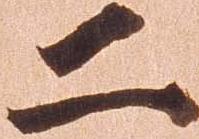
二